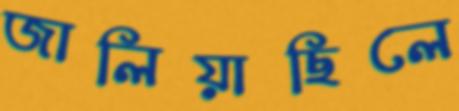
জালিয়াছিলে